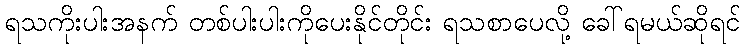
ရသကိုးပါးအနက် တစ်ပါးပါးကိုပေးနိုင်တိုင်း ရသစာပေလို့ ခေါ်ရမယ်ဆိုရင်